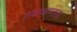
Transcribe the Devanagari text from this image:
संशयग्रस्तता